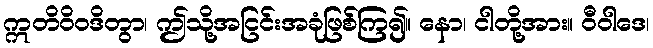
ဣတိဝိဝဒိတွာ၊ ဤသို့အငြင်းအခုံဖြစ်ကြ၍။ နော၊ ငါတို့အား။ ဝီဝါဒေ၊